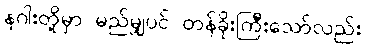
နဂါးတို့မှာ မည်မျှပင် တန်ခိုးကြီးသော်လည်း